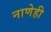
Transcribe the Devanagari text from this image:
नाणेही